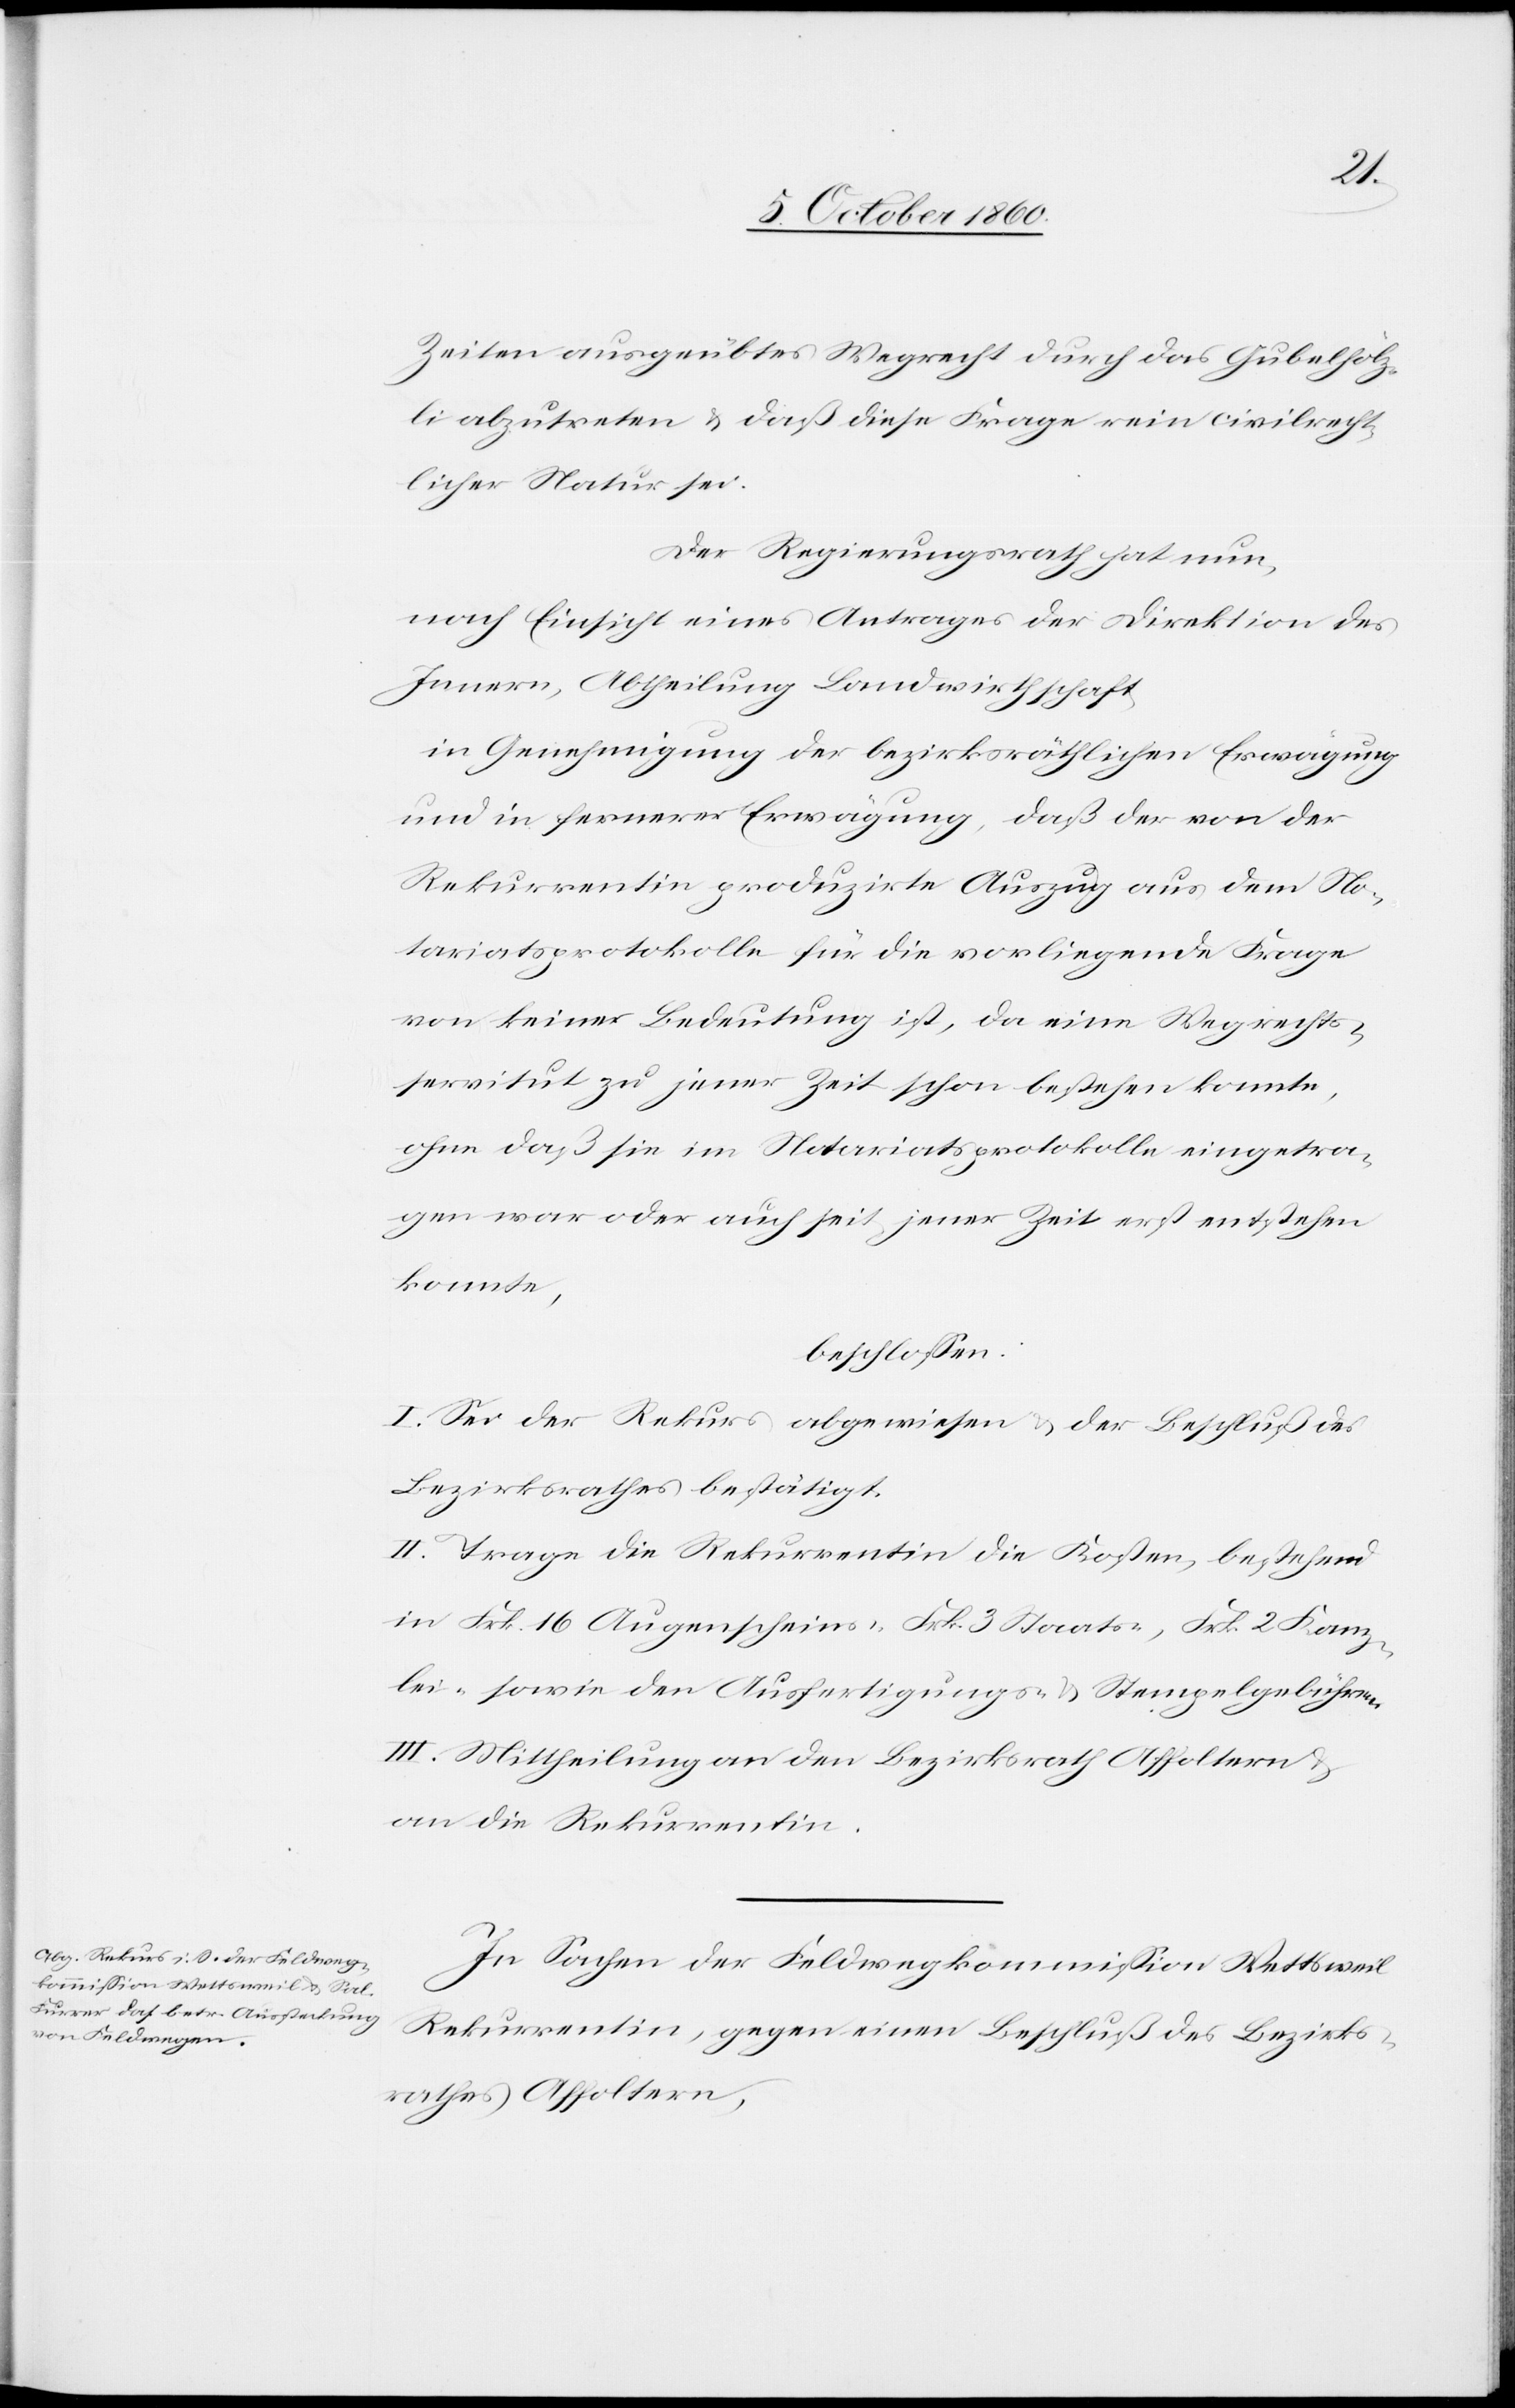
Zeiten ausgeübtes Wegrecht durch das Gubelhölz¬
li abzutreten u. daß diese Frage rein civilrecht¬
licher Natur sei.
Der Regierungsrath hat nun,
nach Einsicht eines Antrages der Direktion des
Innern, Abtheilung Landwirtschaft,
in Genehmigung der bezirksräthlichen Erwägung
und in fernerer Erwägung, daß der von der
Rekurrentin produzirte Auszug aus dem No¬
tariatsprotokolle für die vorliegende Frage
von keiner Bedeutung ist, da eine Wegrechts¬
servitut zu jener Zeit schon bestehen konnte,
ohne daß sie im Notariatsprotokolle eingetra¬
gen war oder auch seit jener Zeit erst entstehen
konnte,
beschlossen:
I. Sei der Rekurs abgewiesen u. der Beschluß des
Bezirksrathes bestätigt.
II. Trage die Rekurrentin die Kosten, bestehend
in Frk. 16 Augenscheins-[,] Frk. 3 Staats-, Frk. 2 Kanz¬
lei- sowie den Ausfertigungs- u. Stempelgebühren.
III. Mittheilung an den Bezirksrath Affoltern u.
an die Rekurrentin.
In Sachen der Feldwegkommission Wettsweil
Rekurrentin, gegen einen Beschluß des Bezirks¬
rathes Affoltern,